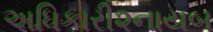
અધિકારી૨નાયબ